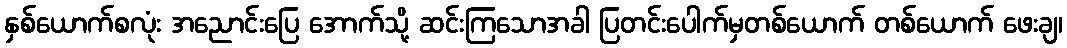
နှစ်ယောက်စလုံး အညောင်းပြေ အောက်သို့ ဆင်းကြသောအခါ ပြတင်းပေါက်မှတစ်ယောက် တစ်ယောက် ဖေးချ၊